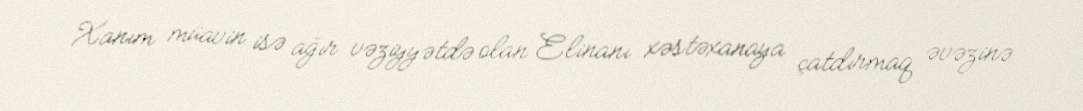
Xanım müavin isə ağır vəziyyətdə olan Elinanı xəstəxanaya çatdırmaq əvəzinə